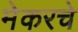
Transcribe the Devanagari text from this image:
मेकरचे